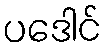
ပဒေါင်